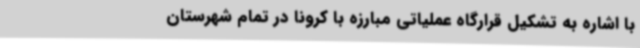
با اشاره به تشکیل قرارگاه عملیاتی مبارزه با کرونا در تمام شهرستان